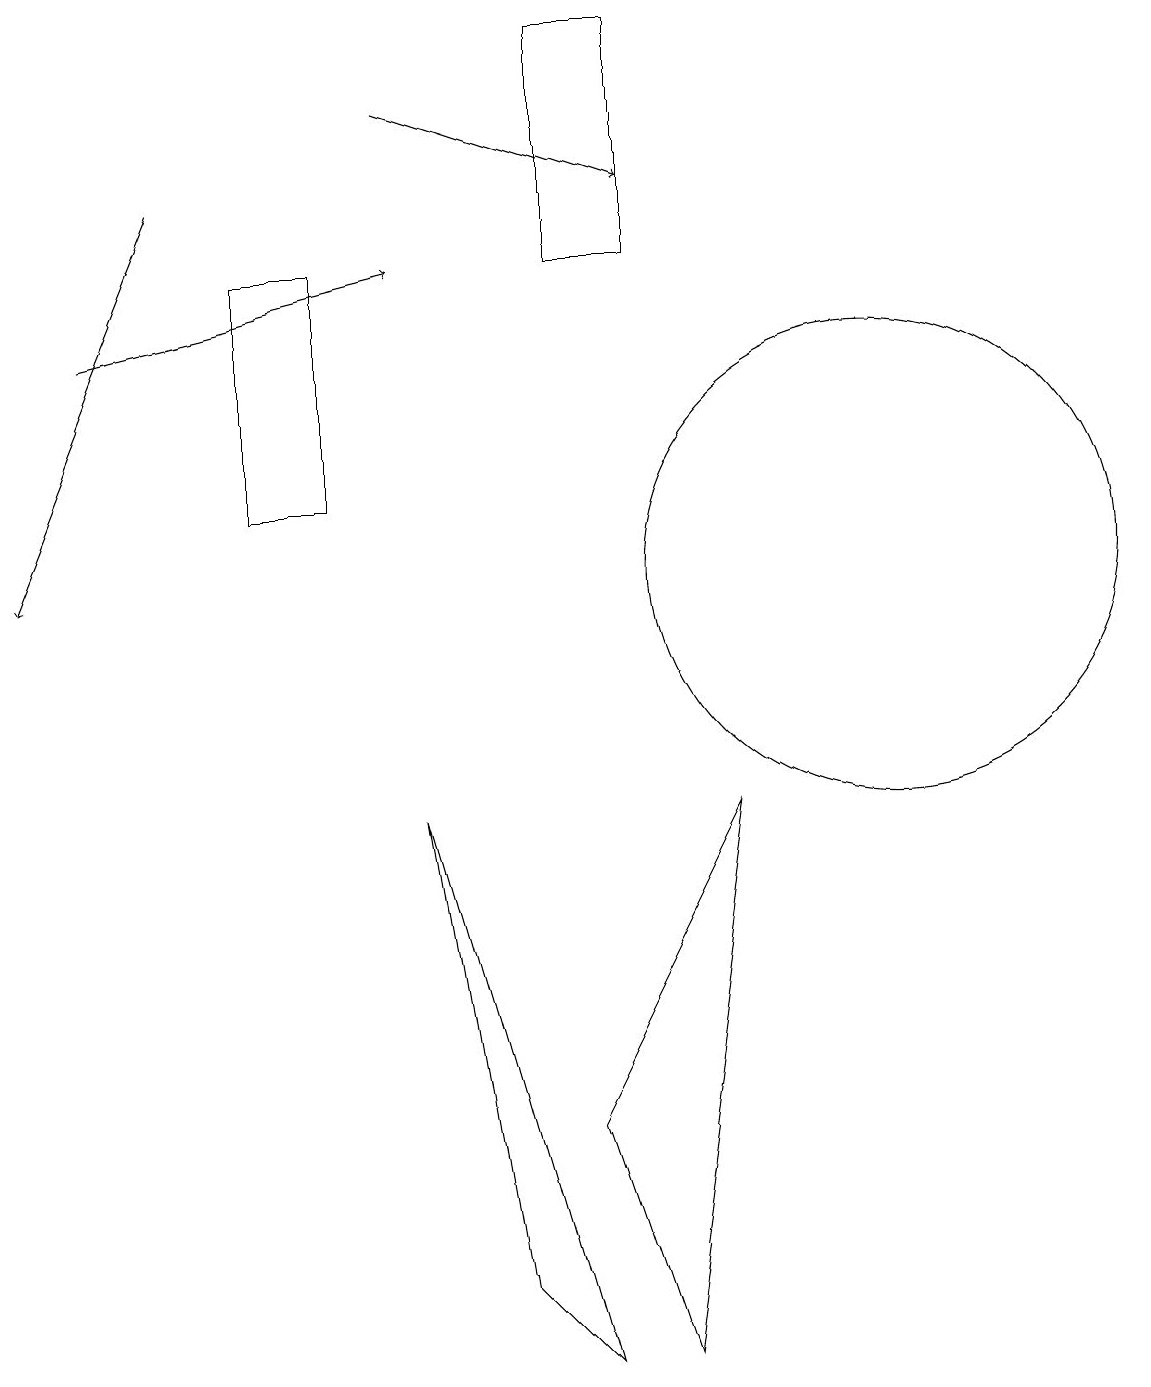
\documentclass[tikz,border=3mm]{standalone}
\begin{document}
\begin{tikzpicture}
\draw (7,3) -- (9,7) -- (8,0) -- cycle;
\draw (7,0) -- (6,1) -- (5,7) -- cycle;
\draw (7,14) rectangle (8,17);
\draw[->] (5,16) -- (8,15);
\draw (3,11) rectangle (4,14);
\draw[->] (1,13) -- (5,14);
\draw (11,10) circle (3);
\draw[->] (2,15) -- (0,10);
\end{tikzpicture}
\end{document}